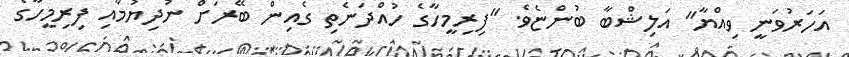
އަހަރުވަނީ ވިއްޔާ" އަލިޝްބާ ބުންޏެވެ. "ފިރިމީހާގެ ހުއްދަނެތި ގެއިން ބޭރަށް ނުދިޔުމާއި ފިރިމީހާގެ